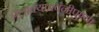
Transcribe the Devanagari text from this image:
त्रैलोक्यपावनीपुण्या